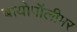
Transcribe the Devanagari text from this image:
बायोपॉलीमर